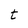
Character: t